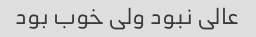
عالی نبود ولی خوب بود